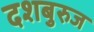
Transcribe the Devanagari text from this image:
दशबुरुज